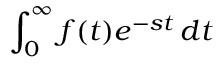
\int _ { 0 } ^ { \infty } f ( t ) e ^ { - s t } \, d t